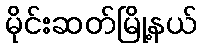
မိုင်းဆတ်မြို့နယ်